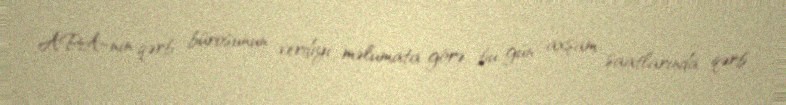
APA-nın qərb bürosunun verdiyi məlumata görə, bu gün axşam saatlarında qərb